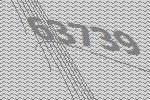
63739